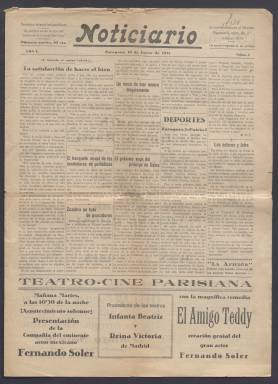
Título: Noticiario (Zaragoza. 1931)
Colección: Periódicos
Ámbito geográfico: Zaragoza
Lugar de publicación: Zaragoza
Fechas: 12/01/1931-11/07/1931